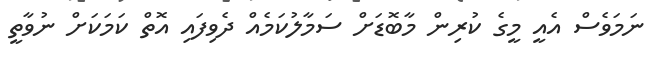
ނަމަވެސް އެއީ މީގެ ކުރިން މާބޮޑަށް ސަމާލުކަމެއް ދެވިފައި އޮތް ކަމަކަށް ނުވާތީ